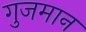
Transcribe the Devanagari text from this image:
गुजमान